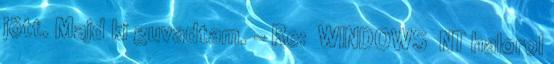
jött. Majd ki guvadtam. - Re: WINDOWS NT halorol